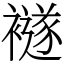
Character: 襚